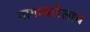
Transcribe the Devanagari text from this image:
मागासलेलाच